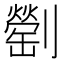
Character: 𠠜